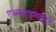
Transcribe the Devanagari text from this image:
एअरलाइन्सकडून